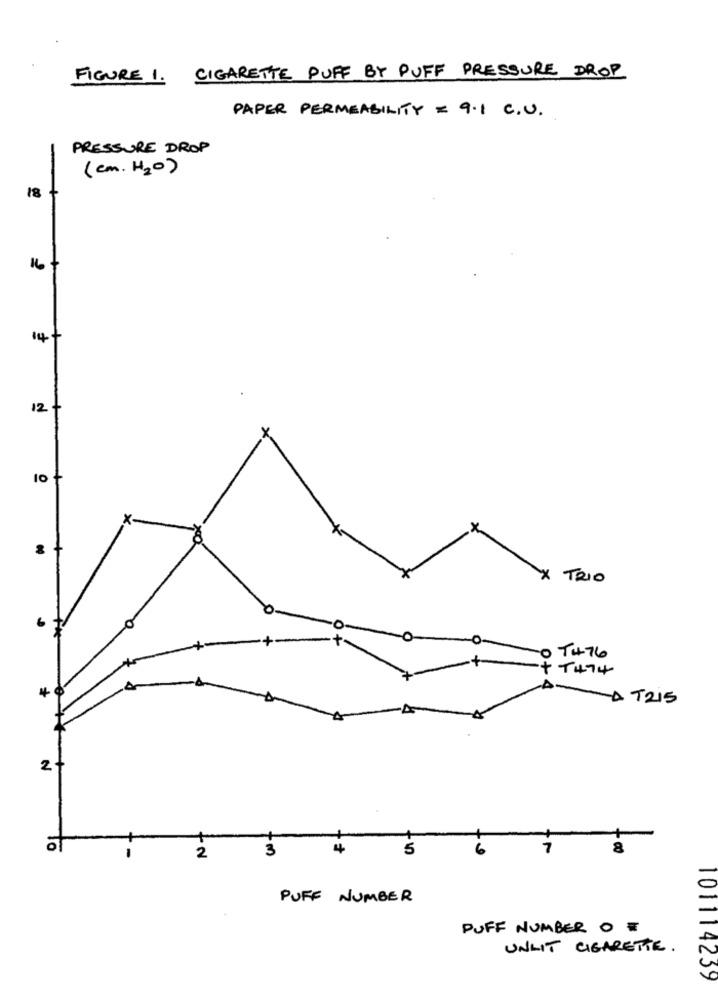
FIGURE 1. CIGARETTE PUFF BY PUFF PRESSURE DROP
PAPER PERMEABILITY = 9.1 C.U.
PRESSURE DROP
(cm. H2O)
18
16
14+
12
10
X TRIO
OT476
+ T474
4
AT215
2
+
3
4
5
7
8
2
PUFF NUMBER
PUFF NUMBER O #
UNLIT CIGARETTE .
101114259